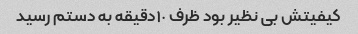
کیفیتش بی نظیر بود ظرف ١٠دقیقه به دستم رسید